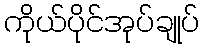
ကိုယ်ပိုင်အုပ်ချုပ်